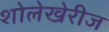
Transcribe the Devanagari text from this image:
शोलेखेरीज